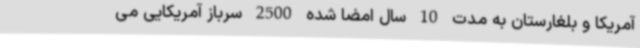
آمریکا و بلغارستان به مدت 10 سال امضا شده 2500 سرباز آمریکایی می‌